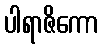
ပါရာဇိကော